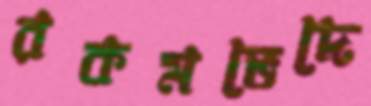
রকমভেদে